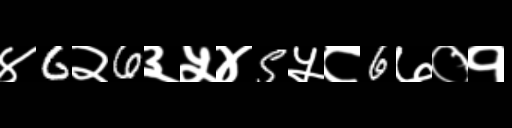
Text: ४6२6३५४5५८6७०१